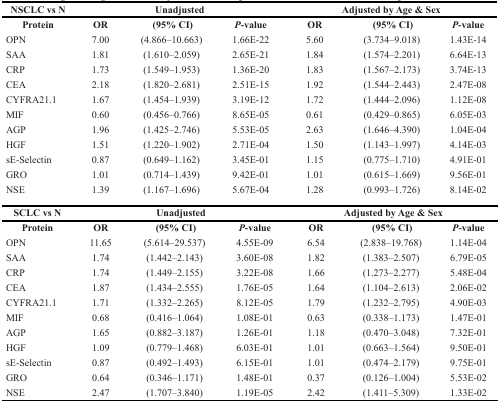
<table><thead><tr><td><b>NSCLC vs N</b></td><td colspan="3"><b>Unadjusted</b></td><td colspan="3"><b>Adjusted by Age &amp; Sex</b></td></tr><tr><td><b>Protein</b></td><td><b>OR</b></td><td><b>(95% CI)</b></td><td><b><i>P</i>-value</b></td><td><b>OR</b></td><td><b>(95% CI)</b></td><td><b><i>P</i>-value</b></td></tr></thead><tbody><tr><td>OPN</td><td>7.00</td><td>(4.866–10.663)</td><td>1.66E-22</td><td>5.60</td><td>(3.734–9.018)</td><td>1.43E-14</td></tr><tr><td>SAA</td><td>1.81</td><td>(1.610–2.059)</td><td>2.65E-21</td><td>1.84</td><td>(1.574–2.201)</td><td>6.64E-13</td></tr><tr><td>CRP</td><td>1.73</td><td>(1.549–1.953)</td><td>1.36E-20</td><td>1.83</td><td>(1.567–2.173)</td><td>3.74E-13</td></tr><tr><td>CEA</td><td>2.18</td><td>(1.820–2.681)</td><td>2.51E-15</td><td>1.92</td><td>(1.544–2.443)</td><td>2.47E-08</td></tr><tr><td>CYFRA21.1</td><td>1.67</td><td>(1.454–1.939)</td><td>3.19E-12</td><td>1.72</td><td>(1.444–2.096)</td><td>1.12E-08</td></tr><tr><td>MIF</td><td>0.60</td><td>(0.456–0.766)</td><td>8.65E-05</td><td>0.61</td><td>(0.429–0.865)</td><td>6.05E-03</td></tr><tr><td>AGP</td><td>1.96</td><td>(1.425–2.746)</td><td>5.53E-05</td><td>2.63</td><td>(1.646–4.390)</td><td>1.04E-04</td></tr><tr><td>HGF</td><td>1.51</td><td>(1.220–1.902)</td><td>2.71E-04</td><td>1.50</td><td>(1.143–1.997)</td><td>4.14E-03</td></tr><tr><td>sE-Selectin</td><td>0.87</td><td>(0.649–1.162)</td><td>3.45E-01</td><td>1.15</td><td>(0.775–1.710)</td><td>4.91E-01</td></tr><tr><td>GRO</td><td>1.01</td><td>(0.714–1.439)</td><td>9.42E-01</td><td>1.01</td><td>(0.615–1.669)</td><td>9.56E-01</td></tr><tr><td>NSE</td><td>1.39</td><td>(1.167–1.696)</td><td>5.67E-04</td><td>1.28</td><td>(0.993–1.726)</td><td>8.14E-02</td></tr><tr><td><b>SCLC vs N</b></td><td colspan="3"><b>Unadjusted</b></td><td colspan="3"><b>Adjusted by Age &amp; Sex</b></td></tr><tr><td><b>Protein</b></td><td><b>OR</b></td><td><b>(95% CI)</b></td><td><b><i>P</i></b><b>-value</b></td><td><b>OR</b></td><td><b>(95% CI)</b></td><td><b><i>P</i></b><b>-value</b></td></tr><tr><td>OPN</td><td>11.65</td><td>(5.614–29.537)</td><td>4.55E-09</td><td>6.54</td><td>(2.838–19.768)</td><td>1.14E-04</td></tr><tr><td>SAA</td><td>1.74</td><td>(1.442–2.143)</td><td>3.60E-08</td><td>1.82</td><td>(1.383–2.507)</td><td>6.79E-05</td></tr><tr><td>CRP</td><td>1.74</td><td>(1.449–2.155)</td><td>3.22E-08</td><td>1.66</td><td>(1.273–2.277)</td><td>5.48E-04</td></tr><tr><td>CEA</td><td>1.87</td><td>(1.434–2.555)</td><td>1.76E-05</td><td>1.64</td><td>(1.104–2.613)</td><td>2.06E-02</td></tr><tr><td>CYFRA21.1</td><td>1.71</td><td>(1.332–2.265)</td><td>8.12E-05</td><td>1.79</td><td>(1.232–2.795)</td><td>4.90E-03</td></tr><tr><td>MIF</td><td>0.68</td><td>(0.416–1.064)</td><td>1.08E-01</td><td>0.63</td><td>(0.338–1.173)</td><td>1.47E-01</td></tr><tr><td>AGP</td><td>1.65</td><td>(0.882–3.187)</td><td>1.26E-01</td><td>1.18</td><td>(0.470–3.048)</td><td>7.32E-01</td></tr><tr><td>HGF</td><td>1.09</td><td>(0.779–1.468)</td><td>6.03E-01</td><td>1.01</td><td>(0.663–1.564)</td><td>9.50E-01</td></tr><tr><td>sE-Selectin</td><td>0.87</td><td>(0.492–1.493)</td><td>6.15E-01</td><td>1.01</td><td>(0.474–2.179)</td><td>9.75E-01</td></tr><tr><td>GRO</td><td>0.64</td><td>(0.346–1.171)</td><td>1.48E-01</td><td>0.37</td><td>(0.126–1.004)</td><td>5.53E-02</td></tr><tr><td>NSE</td><td>2.47</td><td>(1.707–3.840)</td><td>1.19E-05</td><td>2.42</td><td>(1.411–5.309)</td><td>1.33E-02</td></tr></tbody></table>